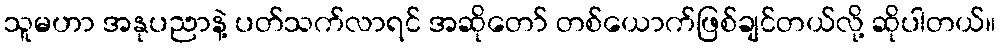
သူမဟာ အနုပညာနဲ့ ပတ်သက်လာရင် အဆိုတော် တစ်ယောက်ဖြစ်ချင်တယ်လို့ ဆိုပါတယ်။